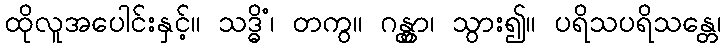
ထိုလူအပေါင်းနှင့်။ သဒ္ဓိံ၊ တကွ။ ဂန္တွာ၊ သွား၍။ ပရိသပရိသန္တေ၊